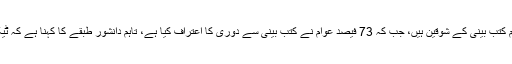
حالیہ سروے کے مطابق پاکستان میں صرف 27 فیصد عوام کتب بینی کے شوقین ہیں، جب کہ 73 فیصد عوام نے کتب بینی سے دوری کا اعتراف کیا ہے، تاہم دانشور طبقے کا کہنا ہے کہ ٹیکنالوجی کی یلغار کے باوجود کتاب کی اہمیت کم نہیں ہوئی۔